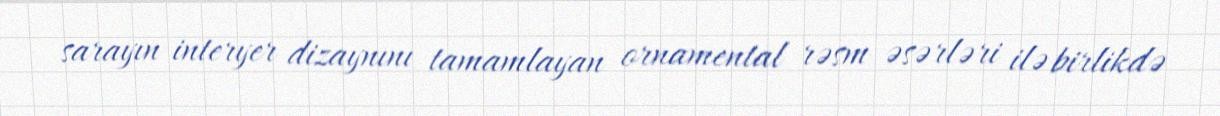
sarayın interyer dizaynını tamamlayan ornamental rəsm əsərləri ilə birlikdə